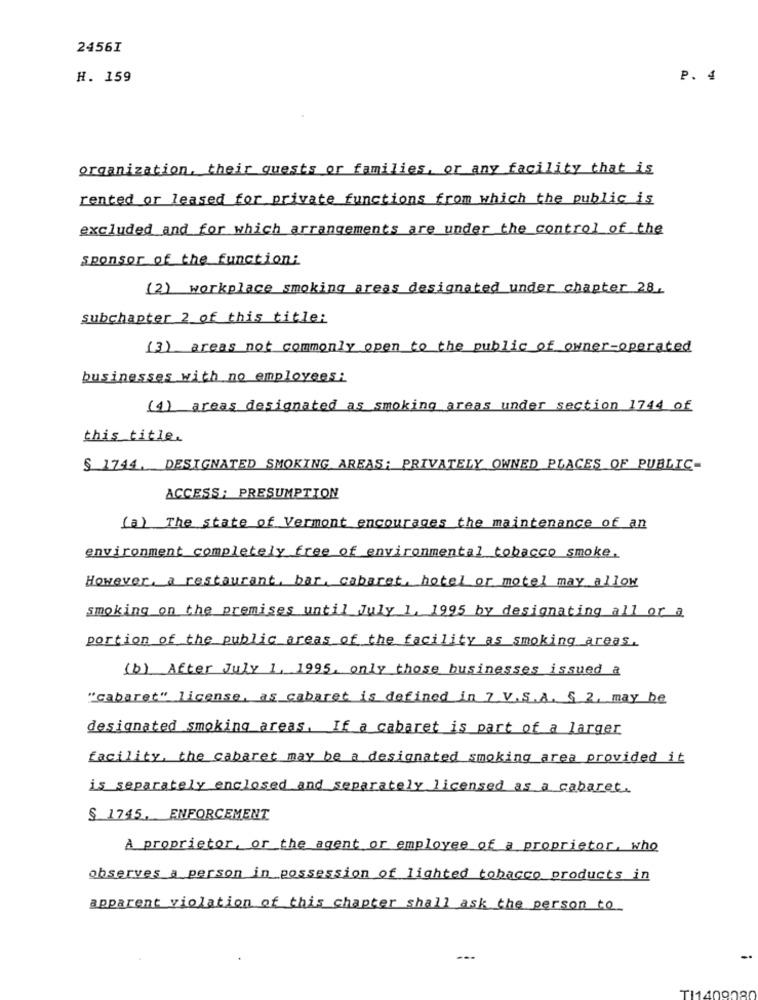
2456I
H. 159
P. 4
organization, their quests or families, or any facility that is
rented or leased for private functions from which the public is
excluded and for which arrangements are under the control of the
sponsor of the function:
(2) workplace smoking areas designated under chapter 28.
subchapter 2 of this title:
(3) areas not commonly open to the public of owner-operated
businesses with no employees:
(1) areas designated as smoking areas under section 1744 of
this title.
$ 1744. DESIGNATED SMOKING AREAS; PRIVATELY OWNED PLACES OF PUBLIC-
ACCESS; PRESUMPTION
(a) The state of Vermont encourages the maintenance of an
environment completely free of environmental tobacco smoke.
However, a restaurant, bar, cabaret, hotel or motel may allow
smoking on the premises until July 1, 1995 by designating all or a
portion of the public areas of the facility as smoking areas.
(b) After July 1, 1995. only those businesses issued a
"cabaret" license, as cabaret is defined in 7. V.S.A. 5 2, may be
designated smoking areas. If a cabaret is part of a larger
facility, the cabaret may be a designated smoking area provided it
is separately enclosed and separately licensed as a cabaret.
$ 1745, ENFORCEMENT
A proprietor, or the agent or employee of a proprietor, who
observes a person in possession of lighted tobacco products in
apparent violation of this chapter shall ask the person to
TI140908